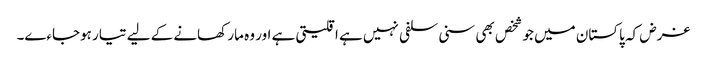
غرض کہ پاکستان میں جو شخص بھی سنی سلفی نہیں ہے اقلیتی ہے اور وہ مار کھانے کے لیے تیار ہوجاءے۔